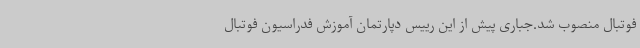
فوتبال منصوب شد.جباری پیش از این رییس دپارتمان آموزش فدراسیون فوتبال